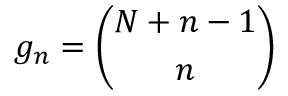
g _ { n } = { \binom { N + n - 1 } { n } }